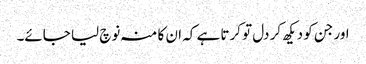
اور جن کو دیکھ کر دل تو کرتا ہے کہ ان کا منہ نوچ لیا جائے۔